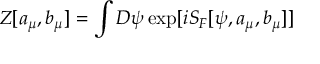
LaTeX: Z [ a _ { \mu } , b _ { \mu } ] = \int D \psi \exp [ i S _ { F } [ \psi , a _ { \mu } , b _ { \mu } ] ]